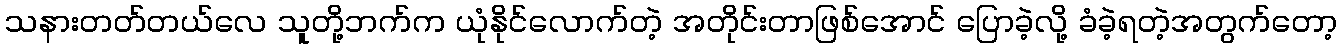
သနားတတ်တယ်လေ သူတို့ဘက်က ယုံနိုင်လောက်တဲ့ အတိုင်းတာဖြစ်အောင် ပြောခဲ့လို့ ခံခဲ့ရတဲ့အတွက်တော့